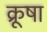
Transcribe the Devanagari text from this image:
क्रूषा